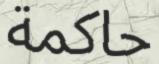
حاكمة